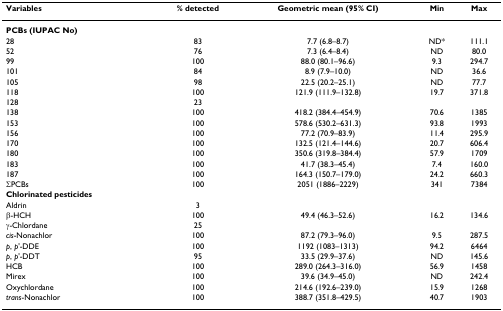
<table><thead><tr><td><b>Variables</b></td><td><b>% detected</b></td><td><b>Geometric mean (95% CI)</b></td><td><b>Min</b></td><td><b>Max</b></td></tr></thead><tbody><tr><td><b>PCBs (IUPAC No)</b></td><td></td><td></td><td></td><td></td></tr><tr><td>28</td><td>83</td><td>7.7 (6.8–8.7)</td><td>ND*</td><td>111.1</td></tr><tr><td>52</td><td>76</td><td>7.3 (6.4–8.4)</td><td>ND</td><td>80.0</td></tr><tr><td>99</td><td>100</td><td>88.0 (80.1–96.6)</td><td>9.3</td><td>294.7</td></tr><tr><td>101</td><td>84</td><td>8.9 (7.9–10.0)</td><td>ND</td><td>36.6</td></tr><tr><td>105</td><td>98</td><td>22.5 (20.2–25.1)</td><td>ND</td><td>77.7</td></tr><tr><td>118</td><td>100</td><td>121.9 (111.9–132.8)</td><td>19.7</td><td>371.8</td></tr><tr><td>128</td><td>23</td><td></td><td></td><td></td></tr><tr><td>138</td><td>100</td><td>418.2 (384.4–454.9)</td><td>70.6</td><td>1385</td></tr><tr><td>153</td><td>100</td><td>578.6 (530.2–631.3)</td><td>93.8</td><td>1993</td></tr><tr><td>156</td><td>100</td><td>77.2 (70.9–83.9)</td><td>11.4</td><td>295.9</td></tr><tr><td>170</td><td>100</td><td>132.5 (121.4–144.6)</td><td>20.7</td><td>606.4</td></tr><tr><td>180</td><td>100</td><td>350.6 (319.8–384.4)</td><td>57.9</td><td>1709</td></tr><tr><td>183</td><td>100</td><td>41.7 (38.3–45.4)</td><td>7.4</td><td>160.0</td></tr><tr><td>187</td><td>100</td><td>164.3 (150.7–179.0)</td><td>24.2</td><td>660.3</td></tr><tr><td>ΣPCBs</td><td>100</td><td>2051 (1886–2229)</td><td>341</td><td>7384</td></tr><tr><td><b>Chlorinated pesticides</b></td><td></td><td></td><td></td><td></td></tr><tr><td>Aldrin</td><td>3</td><td></td><td></td><td></td></tr><tr><td>β-HCH</td><td>100</td><td>49.4 (46.3–52.6)</td><td>16.2</td><td>134.6</td></tr><tr><td>γ-Chlordane</td><td>25</td><td></td><td></td><td></td></tr><tr><td><i>cis</i>-Nonachlor</td><td>100</td><td>87.2 (79.3–96.0)</td><td>9.5</td><td>287.5</td></tr><tr><td><i>p</i>, <i>p</i>&#x27;-DDE</td><td>100</td><td>1192 (1083–1313)</td><td>94.2</td><td>6464</td></tr><tr><td><i>p</i>, <i>p</i>&#x27;-DDT</td><td>95</td><td>33.5 (29.9–37.6)</td><td>ND</td><td>145.6</td></tr><tr><td>HCB</td><td>100</td><td>289.0 (264.3–316.0)</td><td>56.9</td><td>1458</td></tr><tr><td>Mirex</td><td>100</td><td>39.6 (34.9–45.0)</td><td>ND</td><td>242.4</td></tr><tr><td>Oxychlordane</td><td>100</td><td>214.6 (192.6–239.0)</td><td>15.9</td><td>1268</td></tr><tr><td><i>trans</i>-Nonachlor</td><td>100</td><td>388.7 (351.8–429.5)</td><td>40.7</td><td>1903</td></tr></tbody></table>